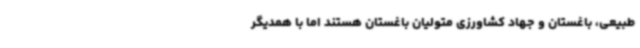
طبیعی، باغستان و جهاد کشاورزی متولیان باغستان هستند اما با همدیگر